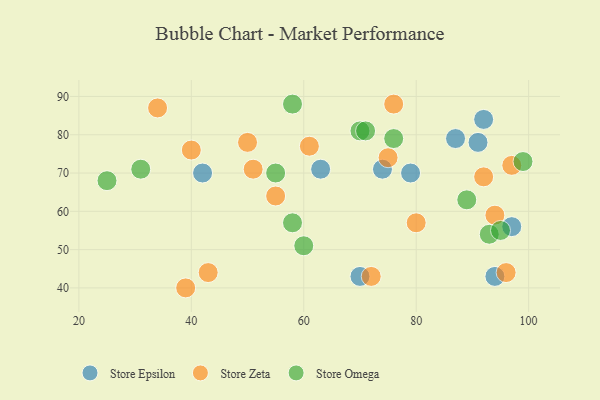
{"axis": {"x": "GDP", "y": "Life Expectancy"}, "legend": ["Store Epsilon", "Store Omega", "Store Zeta"], "data": [{"x": "92", "y": 84, "type": "Store Epsilon"}, {"x": "70", "y": 43, "type": "Store Epsilon"}, {"x": "63", "y": 71, "type": "Store Epsilon"}, {"x": "42", "y": 70, "type": "Store Epsilon"}, {"x": "74", "y": 71, "type": "Store Epsilon"}, {"x": "97", "y": 56, "type": "Store Epsilon"}, {"x": "94", "y": 43, "type": "Store Epsilon"}, {"x": "91", "y": 78, "type": "Store Epsilon"}, {"x": "79", "y": 70, "type": "Store Epsilon"}, {"x": "87", "y": 79, "type": "Store Epsilon"}, {"x": "43", "y": 44, "type": "Store Zeta"}, {"x": "51", "y": 71, "type": "Store Zeta"}, {"x": "97", "y": 72, "type": "Store Zeta"}, {"x": "50", "y": 78, "type": "Store Zeta"}, {"x": "72", "y": 43, "type": "Store Zeta"}, {"x": "39", "y": 40, "type": "Store Zeta"}, {"x": "76", "y": 88, "type": "Store Zeta"}, {"x": "92", "y": 69, "type": "Store Zeta"}, {"x": "34", "y": 87, "type": "Store Zeta"}, {"x": "96", "y": 44, "type": "Store Zeta"}, {"x": "40", "y": 76, "type": "Store Zeta"}, {"x": "94", "y": 59, "type": "Store Zeta"}, {"x": "80", "y": 57, "type": "Store Zeta"}, {"x": "55", "y": 64, "type": "Store Zeta"}, {"x": "61", "y": 77, "type": "Store Zeta"}, {"x": "75", "y": 74, "type": "Store Zeta"}, {"x": "31", "y": 71, "type": "Store Omega"}, {"x": "76", "y": 79, "type": "Store Omega"}, {"x": "25", "y": 68, "type": "Store Omega"}, {"x": "60", "y": 51, "type": "Store Omega"}, {"x": "70", "y": 81, "type": "Store Omega"}, {"x": "93", "y": 54, "type": "Store Omega"}, {"x": "58", "y": 88, "type": "Store Omega"}, {"x": "71", "y": 81, "type": "Store Omega"}, {"x": "58", "y": 57, "type": "Store Omega"}, {"x": "89", "y": 63, "type": "Store Omega"}, {"x": "95", "y": 55, "type": "Store Omega"}, {"x": "55", "y": 70, "type": "Store Omega"}, {"x": "99", "y": 73, "type": "Store Omega"}]}